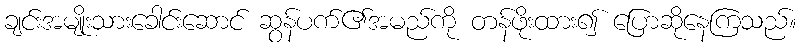
ချင်းအမျိုးသားခေါင်းဆောင် ဆွန်ပက်၏အမည်ကို တန်ဖိုးထား၍ ပြောဆိုနေကြသည်။